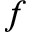
f